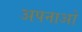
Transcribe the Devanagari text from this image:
अपनाओ